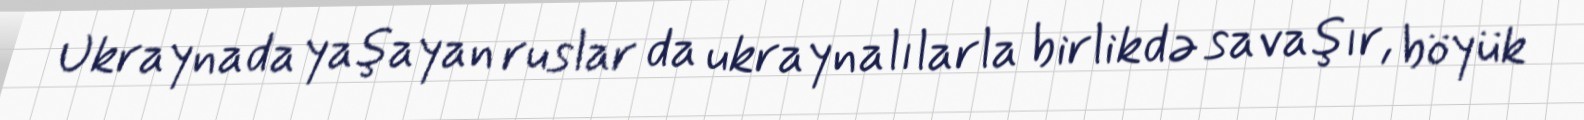
Ukraynada yaşayan ruslar da ukraynalılarla birlikdə savaşır, böyük